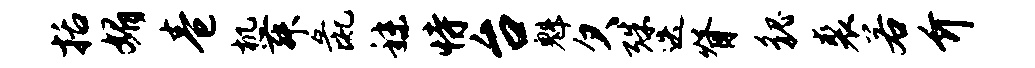
括媚卷机舞彘秣恃台魁欠殊迭脊貌裘若介